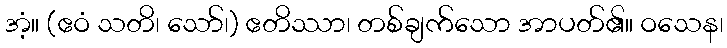
အံ့။ (ဧဝံ သတိ၊ သော်၊) ဧတိဿာ၊ တစ်ချက်သော အာပတ်၏။ ဝသေန၊